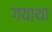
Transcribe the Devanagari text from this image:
गयाथा